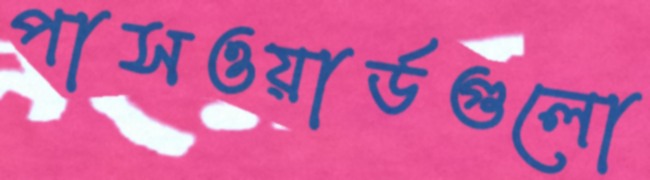
পাসওয়ার্ডগুলো